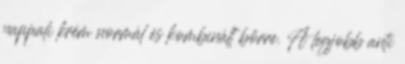
nappali krém normál és kombinált bőrre. A legjobb anti